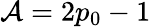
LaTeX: \mathcal{A}=2p_{0}-1